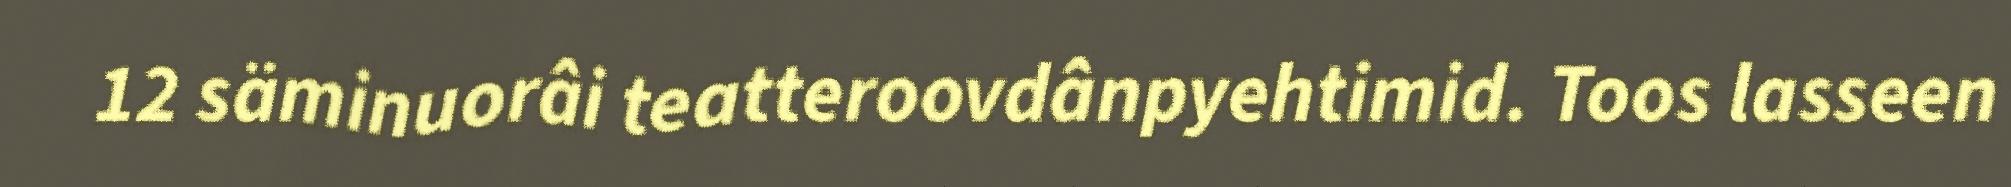
12 säminuorâi teatteroovdânpyehtimid. Toos lasseen